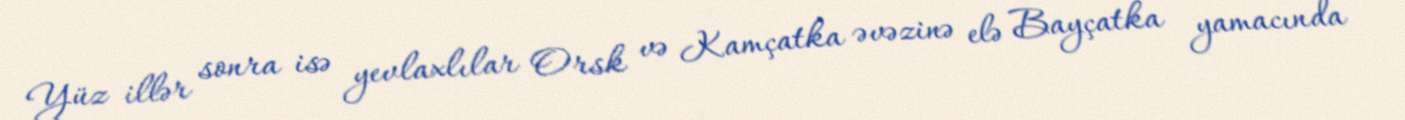
Yüz illər sonra isə yevlaxlılar Orsk və Kamçatka əvəzinə elə Bayçatka yamacında